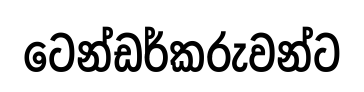
ටෙන්ඩර්කරුවන්ට